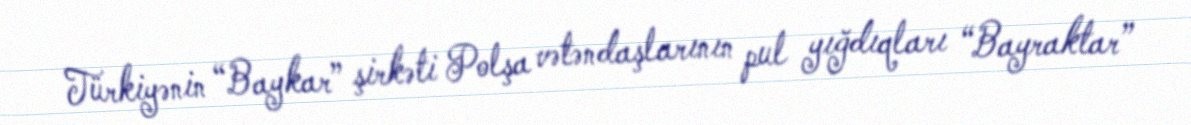
Türkiyənin “Baykar” şirkəti Polşa vətəndaşlarının pul yığdıqları “Bayraktar”